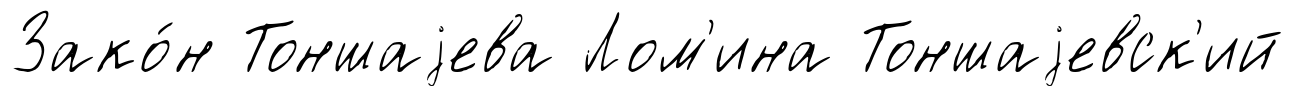
Зако́н Тоншаjева Лом'ина Тоншаjевск'ий